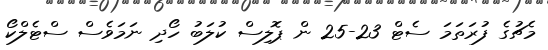
މެޗުގެ ފުރަތަމަ ސެޓް 23-25 ން ޕޮލިސް ކުލަބު ހޯދި ނަމަވެސް ސްޓެލްކޯ